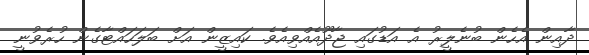
ދާއިން އެހެން ބުނެލީރު އެ އަޑުގައި ޖާދޫއެއްވިއެވެ. ކައިޒީން އަށް ބަލަހައްޓާގެން ހުރެވުނީ